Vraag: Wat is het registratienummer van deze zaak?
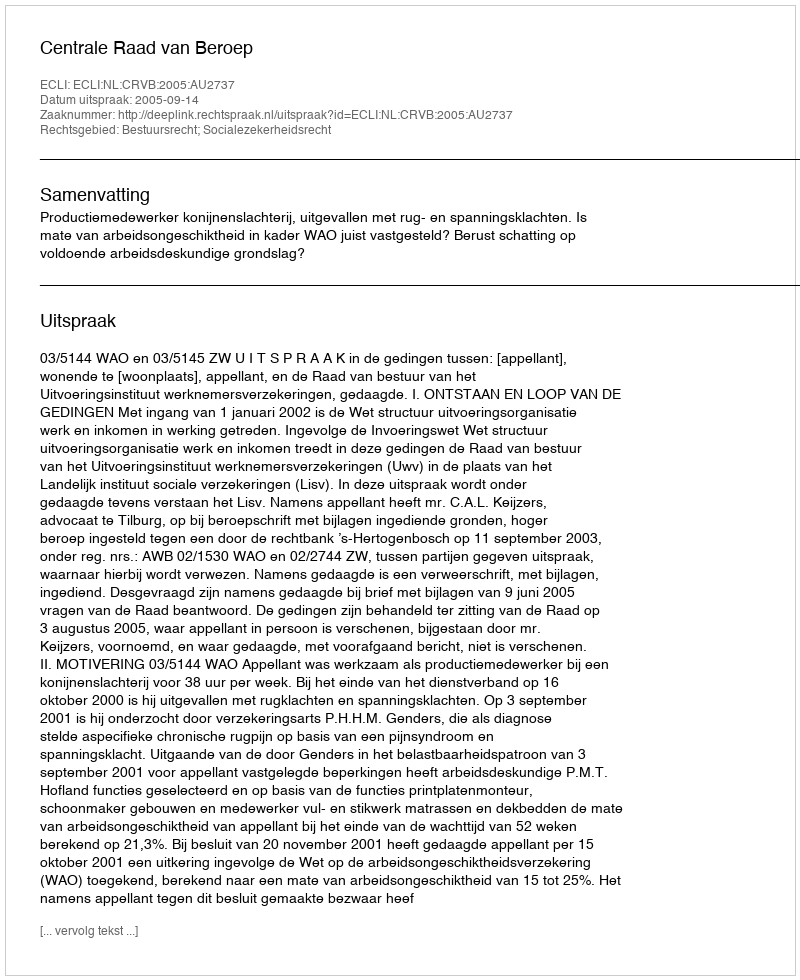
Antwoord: http://deeplink.rechtspraak.nl/uitspraak?id=ECLI:NL:CRVB:2005:AU2737